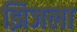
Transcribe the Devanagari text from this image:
झिजला